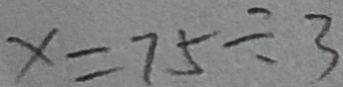
x = 7 5 \div 3